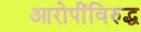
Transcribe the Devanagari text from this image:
आरोपींविरुद्ध